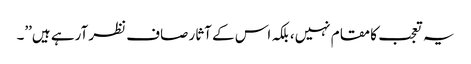
یہ تعجب کا مقام نہیں، بلکہ اس کے آثار صاف نظر آرہے ہیں’’۔